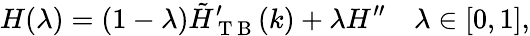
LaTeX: H(\lambda)=(1-\lambda)\tilde{H}_{\mathrm{~T~B~}}^{\prime}(k)+\lambda H^{\prime\prime}\quad\lambda\in[0,1],